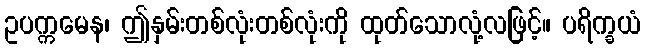
ဥပက္ကမေန၊ ဤနှမ်းတစ်လုံးတစ်လုံးကို ထုတ်သောလုံ့လဖြင့်။ ပရိက္ခယံ